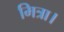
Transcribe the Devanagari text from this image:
मित्रा।